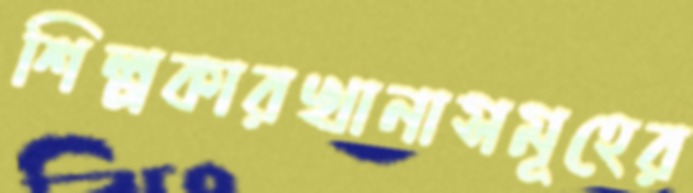
শিল্পকারখানাসমূহের